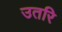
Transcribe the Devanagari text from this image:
उतरि